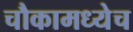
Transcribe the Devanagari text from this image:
चौकामध्येच